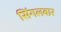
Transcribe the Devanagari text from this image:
सिंगलबार